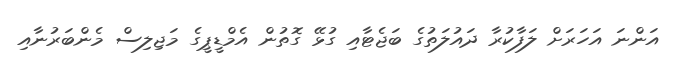
އަންނަ އަހަރަށް ލަފާކުރާ ދައުލަތުގެ ބަޖެޓާއި ގުޅޭ ގޮތުން އެމްޑީޕީގެ މަޖިލިސް މެންބަރުނާއި